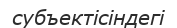
субъектісіндегі